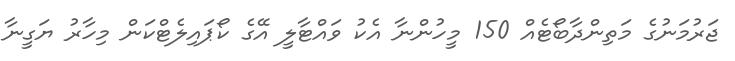
ޖަރުމަނުގެ މަތިންދާބޯޓެއް 150 މީހުންނާ އެކު ވައްޓާލީ އޭގެ ކޯޕައިލެޓްކަން މިހާރު ޔަގީނާ